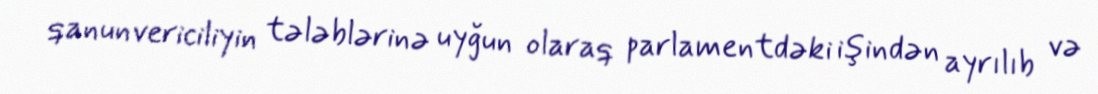
qanunvericiliyin tələblərinə uyğun olaraq parlamentdəki işindən ayrılıb və